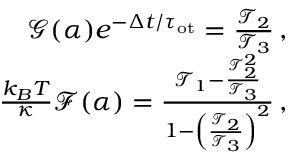
\begin{array} { r } { \mathcal { G } ( \alpha ) e ^ { - \Delta t / \tau _ { \mathrm { { o t } } } } = \frac { \mathcal { T } _ { 2 } } { \mathcal { T } _ { 3 } } \, , } \\ { \quad \quad \frac { k _ { B } T } { \kappa } \mathcal { F } ( \alpha ) = \frac { \mathcal { T } _ { 1 } - \frac { \mathcal { T } _ { 2 } ^ { 2 } } { \mathcal { T } _ { 3 } } } { 1 - \left( \frac { \mathcal { T } _ { 2 } } { \mathcal { T } _ { 3 } } \right) ^ { 2 } } \, , } \end{array}